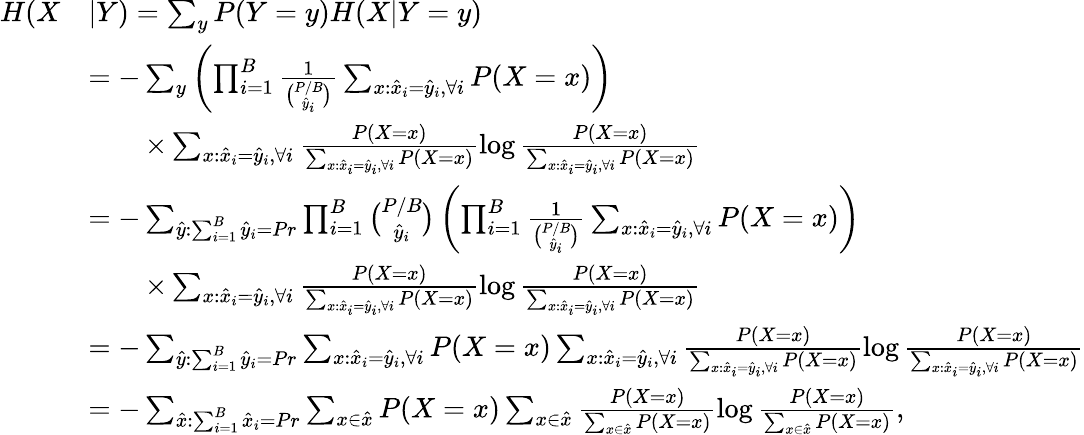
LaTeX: \begin{array}{rl}{H(X}&{|Y)=\sum_{y}P(Y=y)H(X|Y=y)}\\ &{=-\sum_{y}\left(\prod_{i=1}^{B}\frac{1}{\binom{P/B}{\hat{y}_{i}}}\sum_{x:\hat{x}_{i}=\hat{y}_{i},\forall i}P(X=x)\right)}\\ &{\qquad\times\sum_{x:\hat{x}_{i}=\hat{y}_{i},\forall i}\frac{P(X=x)}{\sum_{x:\hat{x}_{i}=\hat{y}_{i},\forall i}P(X=x)}\log\frac{P(X=x)}{\sum_{x:\hat{x}_{i}=\hat{y}_{i},\forall i}P(X=x)}}\\ &{=-\sum_{\hat{y}:\sum_{i=1}^{B}\hat{y}_{i}=Pr}\prod_{i=1}^{B}\binom{P/B}{\hat{y}_{i}}\left(\prod_{i=1}^{B}\frac{1}{\binom{P/B}{\hat{y}_{i}}}\sum_{x:\hat{x}_{i}=\hat{y}_{i},\forall i}P(X=x)\right)}\\ &{\qquad\times\sum_{x:\hat{x}_{i}=\hat{y}_{i},\forall i}\frac{P(X=x)}{\sum_{x:\hat{x}_{i}=\hat{y}_{i},\forall i}P(X=x)}\log\frac{P(X=x)}{\sum_{x:\hat{x}_{i}=\hat{y}_{i},\forall i}P(X=x)}}\\ &{=-\sum_{\hat{y}:\sum_{i=1}^{B}\hat{y}_{i}=Pr}\sum_{x:\hat{x}_{i}=\hat{y}_{i},\forall i}P(X=x)\sum_{x:\hat{x}_{i}=\hat{y}_{i},\forall i}\frac{P(X=x)}{\sum_{x:\hat{x}_{i}=\hat{y}_{i},\forall i}P(X=x)}\log\frac{P(X=x)}{\sum_{x:\hat{x}_{i}=\hat{y}_{i},\forall i}P(X=x)}}\\ &{=-\sum_{\hat{x}:\sum_{i=1}^{B}\hat{x}_{i}=Pr}\sum_{x\in\hat{x}}P(X=x)\sum_{x\in\hat{x}}\frac{P(X=x)}{\sum_{x\in\hat{x}}P(X=x)}\log\frac{P(X=x)}{\sum_{x\in\hat{x}}P(X=x)},}\end{array}